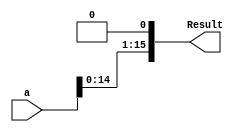
module ShiftLeft(input [15:0] a,
		  output reg [15:0] Result);
always @(*)
begin

	Result = a << 1;

end
endmodule